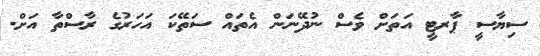
ސިޔާސީ ޕާރޓީ އަތަށް ވެސް ނުދޭނަން އެތައް ސަތޭކަ އަހަރުގެ ރާސްތާ އަށް.